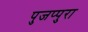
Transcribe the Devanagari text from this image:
पुजप्पुरा